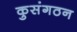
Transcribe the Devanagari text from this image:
कुसंगठन